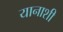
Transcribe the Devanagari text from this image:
यानाशी